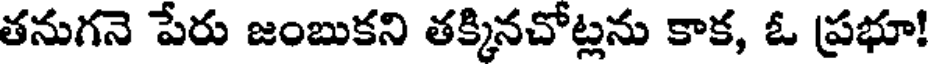
తనుగనె పేరు జంబుకని తక్కినచోట్లను కాక, ఓ ప్రభూ!